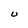
Character: U